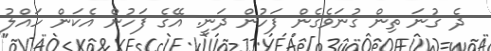
ދެ ގުނަ ތިން ގުނަވެގެން ފަހުން ދަނީ. އޭގެ ފަހުން އެކަން ހައްލު